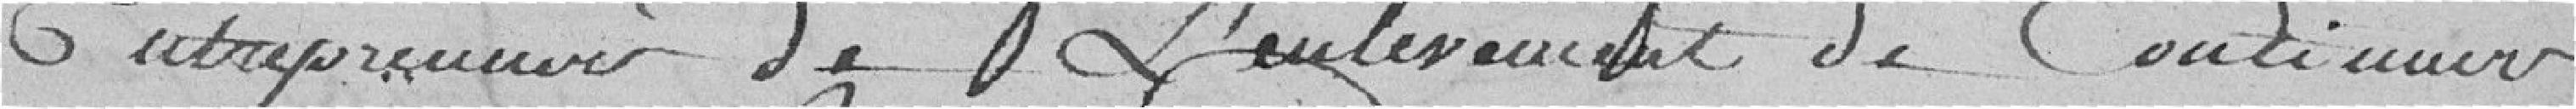
Entrepreneur de l'enlèvement de continuer